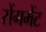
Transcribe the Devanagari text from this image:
सेंगमेंट